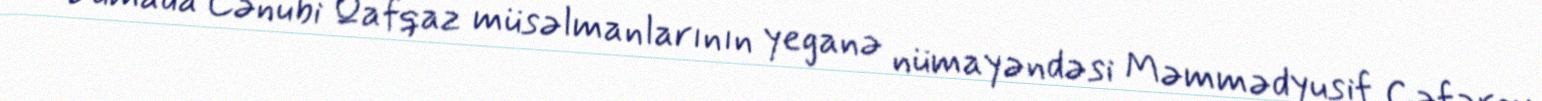
Dumada Cənubi Qafqaz müsəlmanlarının yeganə nümayəndəsi Məmmədyusif Cəfərov